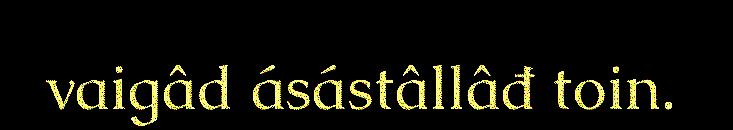
vaigâd ásástâllâđ toin.